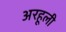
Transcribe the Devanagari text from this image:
अरहूली